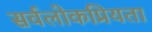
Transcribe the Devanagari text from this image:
सर्वलोकप्रियता